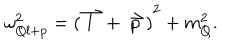
\omega _ { Q l + p } ^ { 2 } = { ( \stackrel { \rightharpoonup } { l } + \stackrel { \rightharpoonup } { p } ) } ^ { 2 } + m _ { Q } ^ { 2 } .